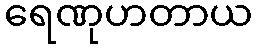
ရေဏုဟတာယ